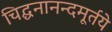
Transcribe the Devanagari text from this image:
चिद्घनानन्दमूर्तये